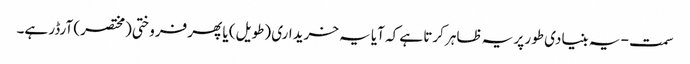
سمت - یہ بنیادی طور پر یہ ظاہر کرتا ہے کہ آیا یہ خریداری (طویل) یا پھر فروختی (مختصر) آرڈر ہے۔